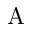
\mathrm { A }